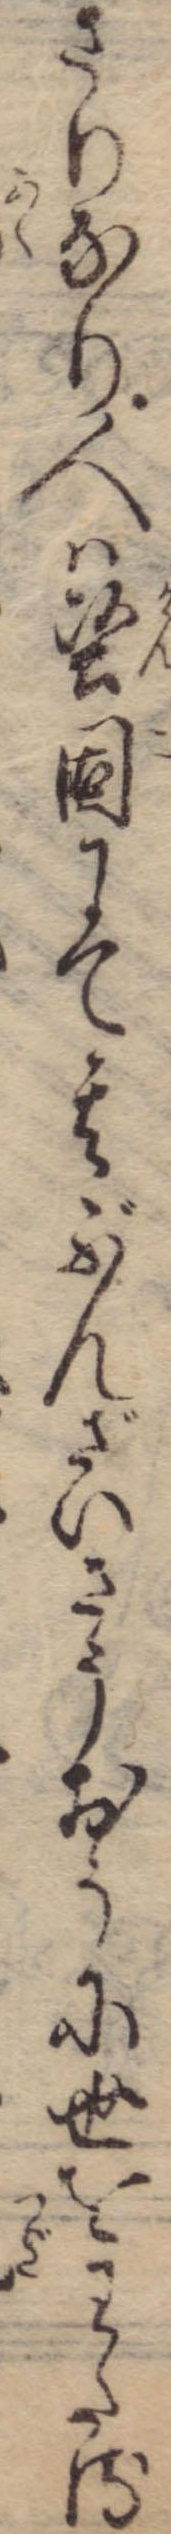
さりなり人は堅固にて其ぶんざいさうおうに世をわたる